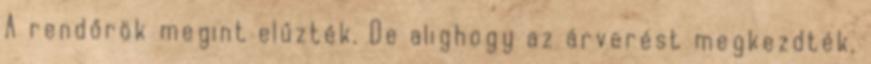
A rendőrök megint elűzték. De alighogy az árverést megkezdték,